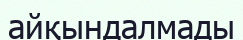
айқындалмады